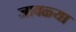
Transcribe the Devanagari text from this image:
जावळ्या